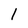
Character: 1